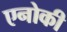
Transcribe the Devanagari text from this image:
एनोकी